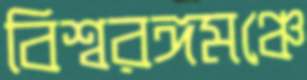
বিশ্বরঙ্গমঞ্চে